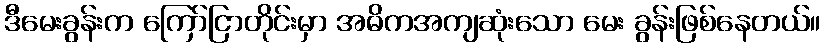
ဒီမေးခွန်းက ကြော်ငြာတိုင်းမှာ အဓိကအကျဆုံးသော မေး ခွန်းဖြစ်နေတယ်။